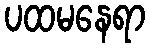
ပထမနေရာ